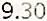
9.30